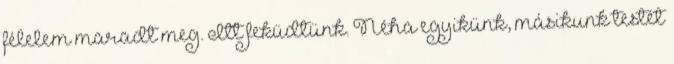
félelem maradt meg. Itt feküdtünk. Néha egyikünk, másikunk testét